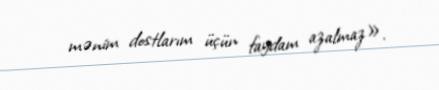
mənim dostlarım üçün faydam azalmaz».